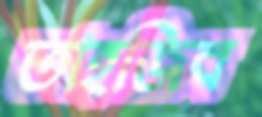
তাহজিব